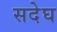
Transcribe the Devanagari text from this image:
सदेघ